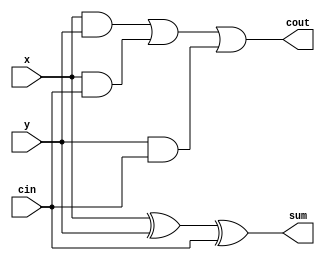
`timescale 1ns / 1ps
//////////////////////////////////////////////////////////////////////////////////
// Company: 
// Engineer: 
// 
// Design Name: 
// Module Name: fullAdder
// Project Name: 
// Target Devices: 
// Tool Versions: 
// Description: 
// 
// Dependencies: 
// 
// Revision:
// Revision 0.01 - File Created
// Additional Comments:
// 
//////////////////////////////////////////////////////////////////////////////////

//
module fullAdder(
    input x, y, cin,
    output sum, cout
);
assign sum = x ^ y ^ cin;
assign cout = (x & y) | (x & cin) | (y & cin);
endmodule // fullAdder